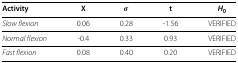
<table><thead><tr><td><b>Activity</b></td><td><b>X</b></td><td><b><i>σ</i></b></td><td><b>t</b></td><td><b><i>H</i><sub>0</sub></b></td></tr></thead><tbody><tr><td><i>Slow flexion</i></td><td>0.06</td><td>0.28</td><td>-1.56</td><td>VERIFIED</td></tr><tr><td><i>Normal flexion</i></td><td>-0.4</td><td>0.33</td><td>0.93</td><td>VERIFIED</td></tr><tr><td><i>Fast flexion</i></td><td>0.08</td><td>0.40</td><td>0.20</td><td>VERIFIED</td></tr></tbody></table>